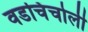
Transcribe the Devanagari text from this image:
वडचिंचोली